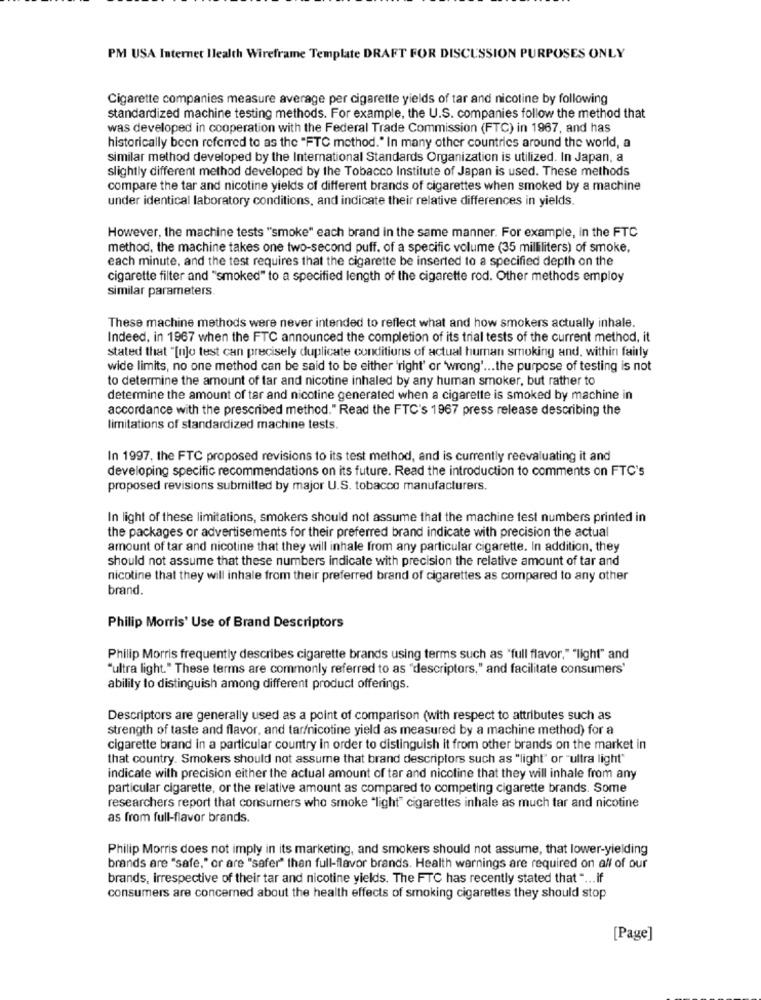
PM USA Internet Health Wireframe Template DRAFT FOR DISCUSSION PURPOSES ONLY
Cigarette companies measure average per cigarette yields of tar and nicotine by following
standardized machine testing methods. For example, the U.S. companies follow the method that
was developed in cooperation with the Federal Trade Commission (FTC) in 1967, and has
historically been referred to as the "FTC method." In many other countries around the world, a
similar method developed by the International Standards Organization is utilized. In Japan, a
slightly different method developed by the Tobacco Institute of Japan is used. These methods
compare the tar and nicotine yields of different brands of cigarettes when smoked by a machine
under identical laboratory conditions, and indicate their relative differences in yields.
However, the machine tests "smoke" each brand in the same manner. For example, in the FTC
method, the machine takes one two-second puff. of a specific volume (35 milliliters) of smoke,
each minute, and the test requires that the cigarette be inserted to a specified depth on the
cigarette filter and "smoked" to a specified length of the cigarette rod. Other methods employ
similar parameters.
These machine methods were never intended to reflect what and how smokers actually inhale.
Indeed, in 1967 when the FTC announced the completion of its trial tests of the current method, it
stated that "[njo test can precisely duplicate conditions of actual human smoking and, within fairly
wide limits, no one method can be said to be either 'right' or 'wrong' ... the purpose of testing is not
to determine the amount of tar and nicotine inhaled by any human smoker, but rather to
determine the amount of tar and nicotine generated when a cigarette is smoked by machine in
accordance with the prescribed method." Read the FTC's 1967 press release describing the
limitations of standardized machine tests.
In 1997, the FTC proposed revisions to its test method, and is currently reevaluating it and
developing specific recommendations on its future. Read the introduction to comments on FTC's
proposed revisions submitted by major U.S. tobacco manufacturers.
In light of these limitations, smokers should not assume that the machine test numbers printed in
the packages or advertisements for their preferred brand indicate with precision the actual
amount of tar and nicotine that they will inhale from any particular cigarette. In addition, they
should not assume that these numbers indicate with precision the relative amount of tar and
nicotine that they will inhale from their preferred brand of cigarettes as compared to any other
brand.
Philip Morris' Use of Brand Descriptors
Philip Morris frequently describes cigarette brands using terms such as "full flavor,""light" and
"ultra light." These terms are commonly referred to as "descriptors," and facilitate consumers'
ability to distinguish among different product offerings.
Descriptors are generally used as a point of comparison (with respect to attributes such as
strength of taste and flavor, and tar/nicotine yield as measured by a machine method) for a
cigarette brand in a particular country in order to distinguish it from other brands on the market in
that country. Smokers should not assume that brand descriptors such as "light" or "ultra light"
indicate with precision either the actual amount of tar and nicotine that they will inhale from any
particular cigarette, or the relative amount as compared to competing cigarette brands. Some
researchers report that consumers who smoke "light" cigarettes inhale as much tar and nicotine
as from full-flavor brands.
Philip Morris does not imply in its marketing, and smokers should not assume, that lower-yielding
brands are "safe," or are "safer" than full-flavor brands. Health warnings are required on all of our
brands, irrespective of their tar and nicotine yields. The FTC has recently stated that " ... if
consumers are concerned about the health effects of smoking cigarettes they should stop
[Page]